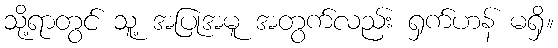
သို့ရာတွင် သူ့ အပြုအမူ အတွက်လည်း ရှက်ဟန် မရှိ။